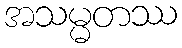
အသမ္မတဿ